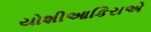
યોશીઆકિરાએ